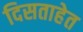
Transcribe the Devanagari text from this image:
दिसताहेत